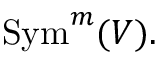
{ \mathrm { S y m } } ^ { m } ( V ) .